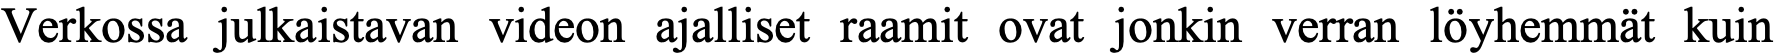
Verkossa julkaistavan videon ajalliset raamit ovat jonkin verran löyhemmät kuin